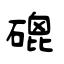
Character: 磇